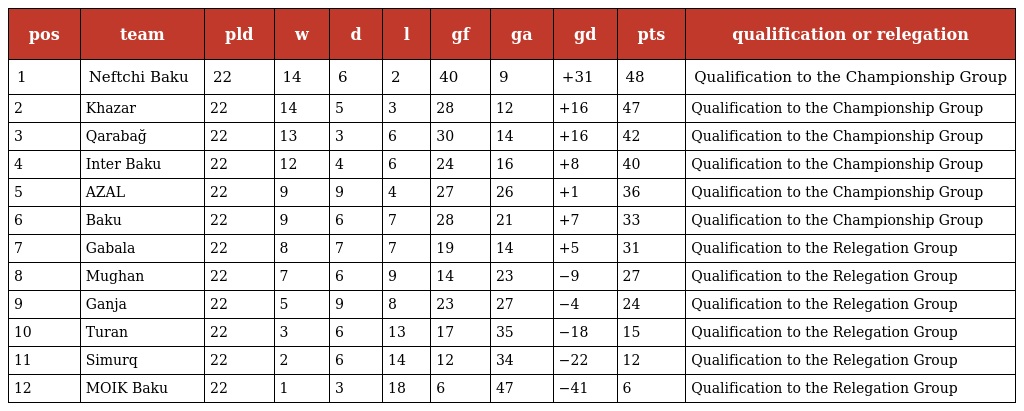
| pos | team | pld | w | d | l | gf | ga | gd | pts | qualification or relegation |
 | --- | --- | --- | --- | --- | --- | --- | --- | --- | --- | --- |
 | 1 | Neftchi Baku | 22 | 14 | 6 | 2 | 40 | 9 | +31 | 48 | Qualification to the Championship Group |
 | 2 | Khazar | 22 | 14 | 5 | 3 | 28 | 12 | +16 | 47 | Qualification to the Championship Group |
 | 3 | Qarabağ | 22 | 13 | 3 | 6 | 30 | 14 | +16 | 42 | Qualification to the Championship Group |
 | 4 | Inter Baku | 22 | 12 | 4 | 6 | 24 | 16 | +8 | 40 | Qualification to the Championship Group |
 | 5 | AZAL | 22 | 9 | 9 | 4 | 27 | 26 | +1 | 36 | Qualification to the Championship Group |
 | 6 | Baku | 22 | 9 | 6 | 7 | 28 | 21 | +7 | 33 | Qualification to the Championship Group |
 | 7 | Gabala | 22 | 8 | 7 | 7 | 19 | 14 | +5 | 31 | Qualification to the Relegation Group |
 | 8 | Mughan | 22 | 7 | 6 | 9 | 14 | 23 | −9 | 27 | Qualification to the Relegation Group |
 | 9 | Ganja | 22 | 5 | 9 | 8 | 23 | 27 | −4 | 24 | Qualification to the Relegation Group |
 | 10 | Turan | 22 | 3 | 6 | 13 | 17 | 35 | −18 | 15 | Qualification to the Relegation Group |
 | 11 | Simurq | 22 | 2 | 6 | 14 | 12 | 34 | −22 | 12 | Qualification to the Relegation Group |
 | 12 | MOIK Baku | 22 | 1 | 3 | 18 | 6 | 47 | −41 | 6 | Qualification to the Relegation Group |